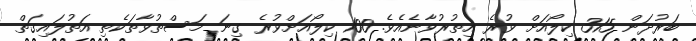
ބަރުދަން 315 ކިލޯއަށް ވުރެ އިތުރުވާނެއެވެ. 100 ކިލޯއަށްވުރެ ގިނަ މަސްތުވާތަކެތި އަތުލައިގަތް